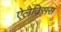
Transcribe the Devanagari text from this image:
ऐलेक्‍सिस